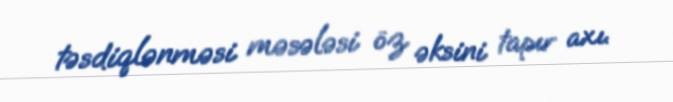
təsdiqlənməsi məsələsi öz əksini tapır axı.